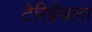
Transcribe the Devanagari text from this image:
टेरिब्रैचला